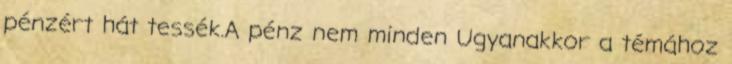
pénzért hát tessék.A pénz nem minden Ugyanakkor a témához